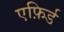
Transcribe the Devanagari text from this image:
एफ़िर्ड